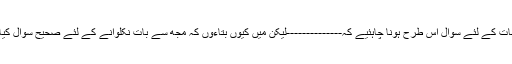
صحیح معلومات کے لئے سوال اس طرح ہونا چاہئیے کہ--------------لیکن میں کیوں بتاءوں کہ مجھ سے بات نکلوانے کے لئے صحیح سوال کیا ہونا چاہئیے۔